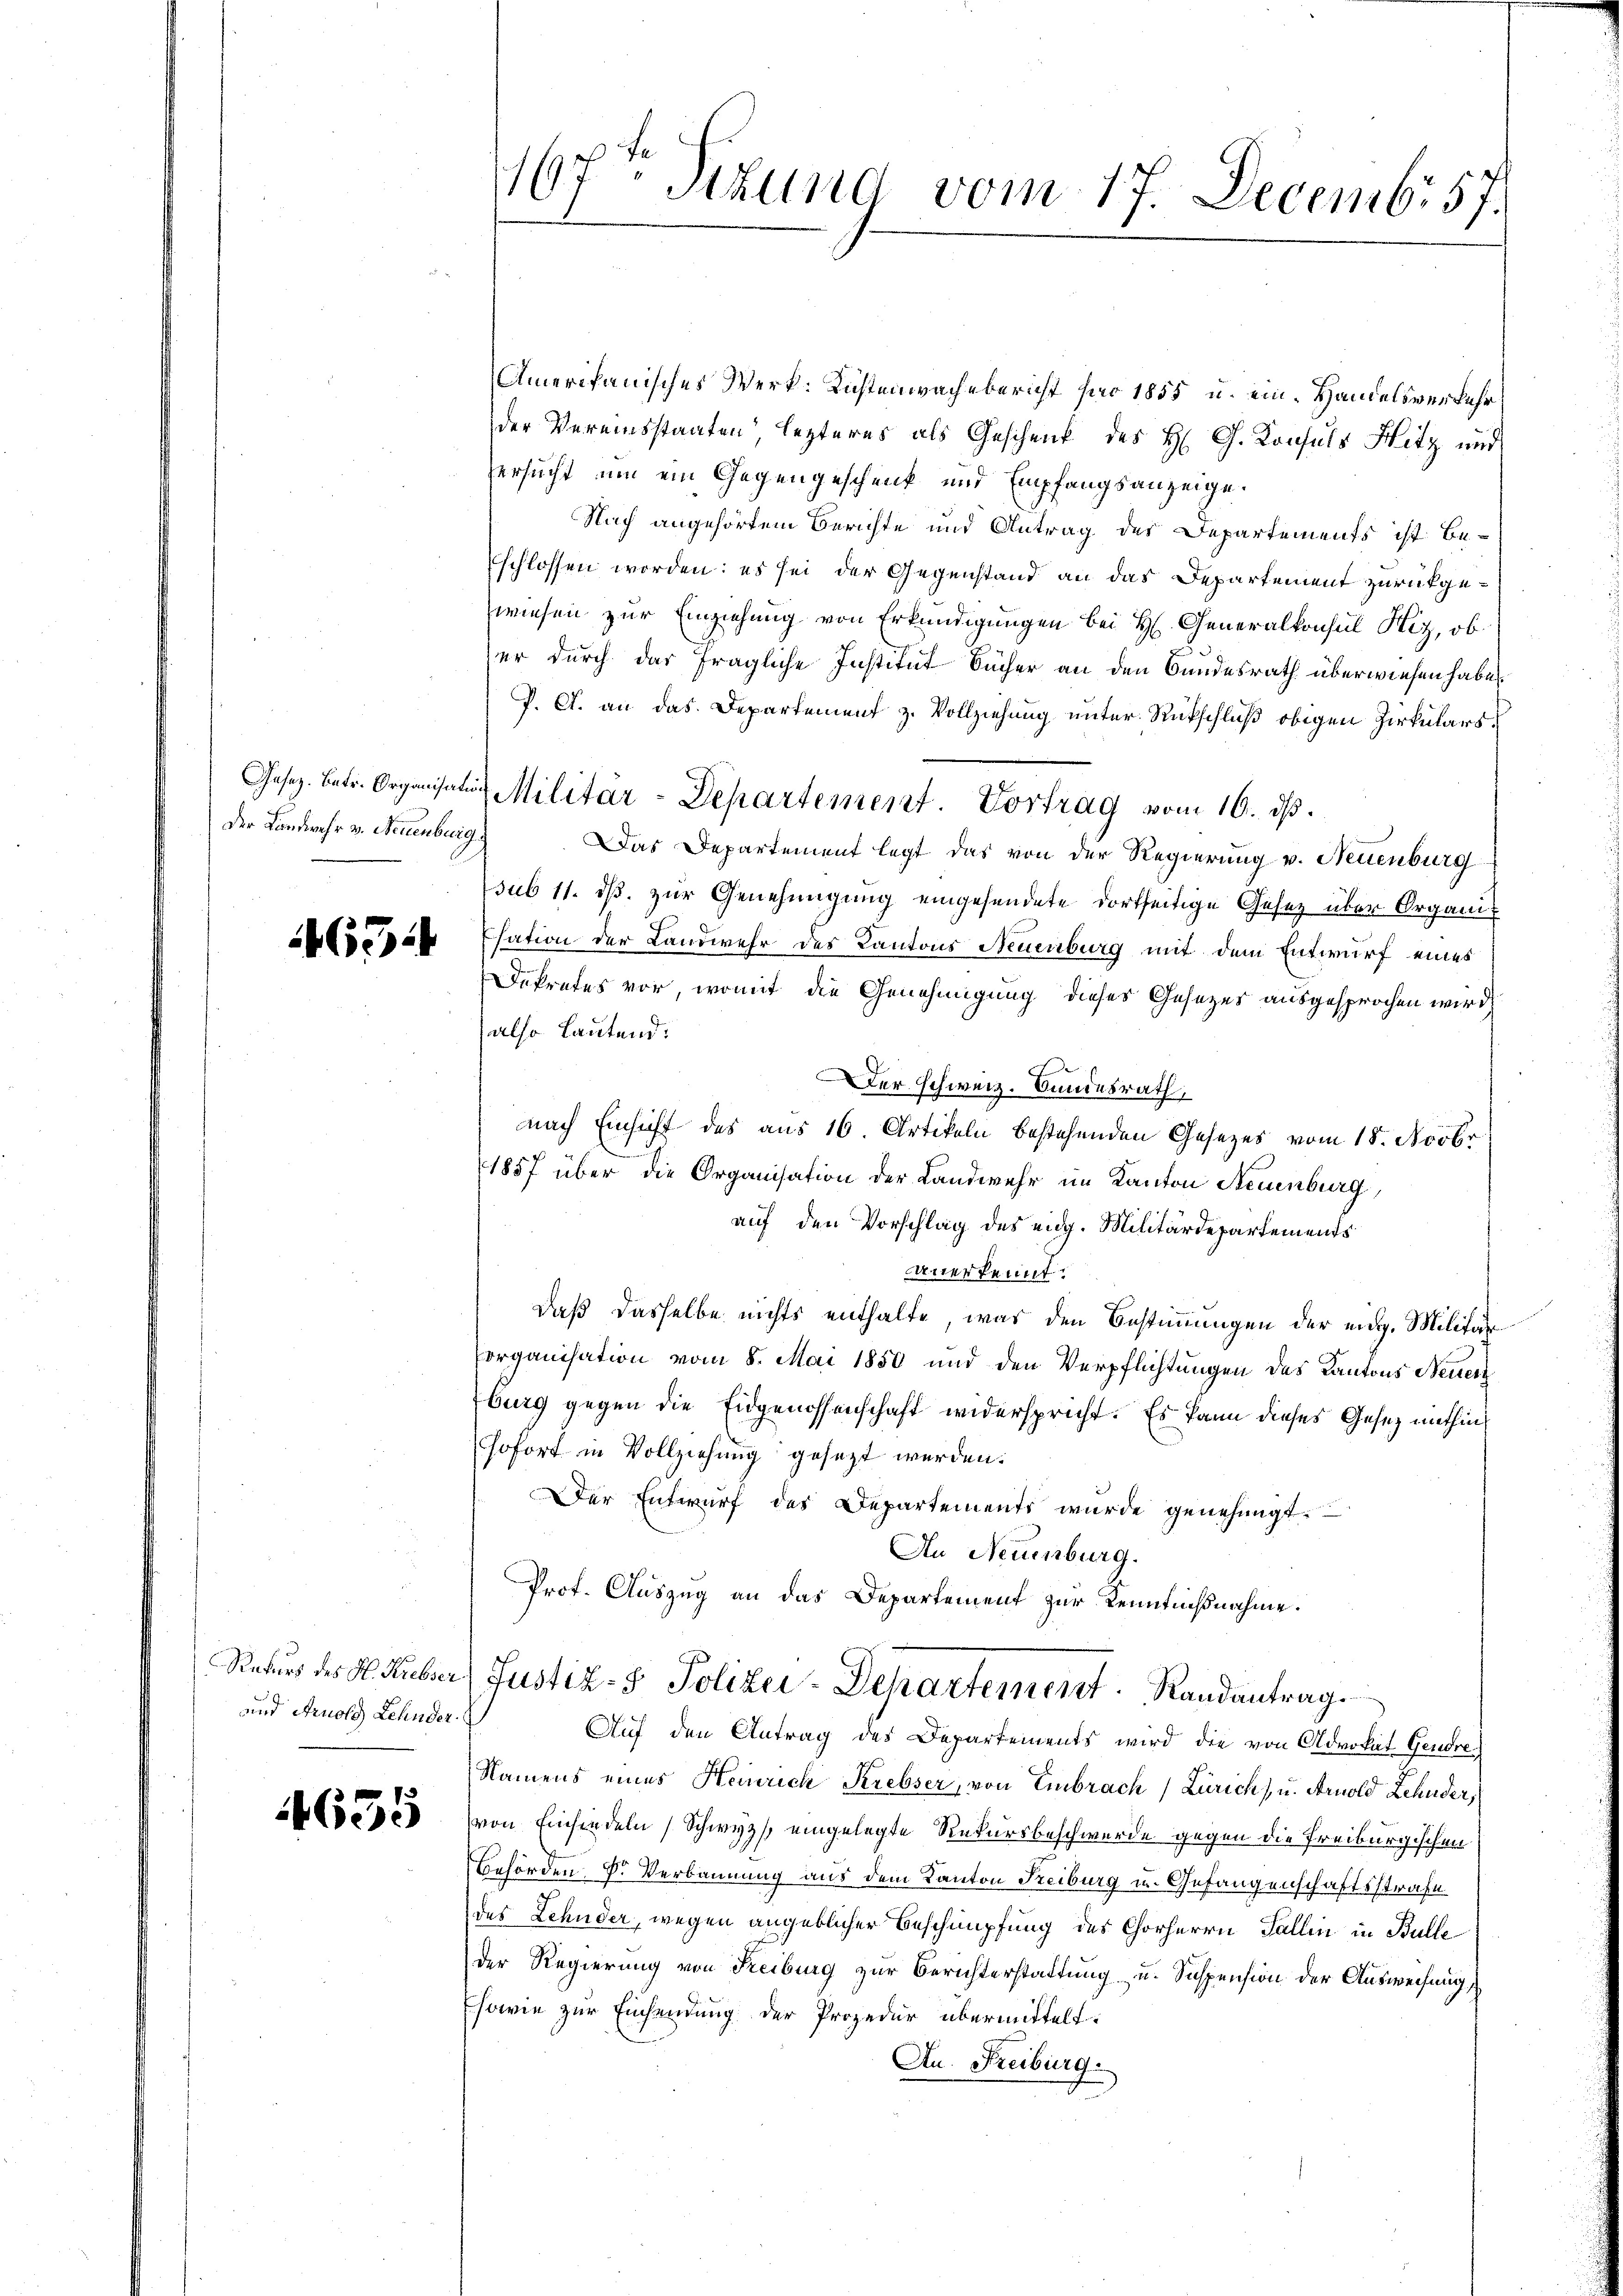
Der Landwehr v. Neuenburg

1465

Rekurs des H. Krebser
und Arnold Lehnder.

4635

Amerikanisches Werk: Küstenwachebericht ser 1855 u. ein Handelsverkehr
der Vereinsstaaten, lezteres als Geschenk des H. G. Konsuls Hitz und
versucht, um ein Gegengeschenk und Empfangsanzeige.
Nach angehörtem Berichte und Antrag des Departements ist beschlossen worden: es sei der Gegenstand an das Departement zurückgewiesen zur Einziehung von Erkundigungen bei H. Generalkonsul Hiz, ob
er durch das fragliche Institut Bücher an den Bundesrath überwiesen habe.
P. G. an das Departement z. Vollziehung unter Rückschluß obigen Zirkulars
Gesez. betr. Organisation Militar-Departement. Vortrag vom 16. ds.
Das Departement legt das von der Regierung v. Neuenburg
sub 11. ds. zur Genehmigung eingesendete dortseitige Gesetz über Organi¬
Esation der Landwehr des Kantons Neuenburg mit dem Entwurf eines
Dekretes vor, womit die Genehmigung dieses Gesetzes ausgesprochen wird,
also lautend:
Der schweiz. Bundesrath,
nach Einsicht des aus 16 Artikeln bestehenden Gesetzes vom 15. Novbr
1857 über die Organisation der Landwehr im Kanton Neuenburg,
auf den Vorschlag des eidg. Militärdepartements
anerkennt.
daß dasselbe nichts enthalte, was den Bestimmungen der eidg. Militär
organisation vom 8. Mai 1850 und den Verpflichtungen des Kantons Neuer
burg gegen die Eidgenossenschaft widerspricht. Es kann dieses Gesez mithin
sofort in Vollziehung gesezt werden.
Der Entwurf des Departements wurde genehmigt.
An Neuenburg.
Prof. Auszug an das Departement zur Kenntnißnahme.
Justiz- & Polizei-Departement Randantrag.
Auf den Antrag des Departements wird die von Advokat Gendre
Namens eines Heinrich Krebser, von Embrach (Zürich) u. Arnold Lehnder,
von Einfindeln, Schwyz, eingelegte Rekursbeschwerde gegen die Freiburgischen
Behörden, k. Verbannung aus dem Kanton Freiburg in Gefangenschaftsstrafe
des Lehnder, wegen angeblicher Beschnüpfung des Chorherrn Fallin in Bulle
der Regierung von Freiburg zur Berichterstattung u. Suspension der Ausweisung
Esowie zur Einsendung der Prozedur übermittelt.
Au. Freiburg.

167. Sekund vom 17. Decemb. 57.